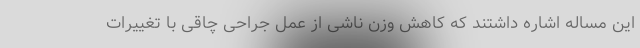
این مساله اشاره داشتند که کاهش وزن ناشی از عمل جراحی چاقی با تغییرات